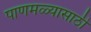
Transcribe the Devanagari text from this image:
पाणमळ्यासाठी